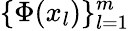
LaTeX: \{ \Phi(x_{l})\} _{l=1}^{m}